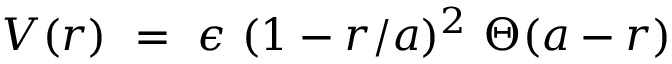
V ( r ) ~ = ~ \epsilon ~ ( 1 - r / a ) ^ { 2 } ~ \Theta ( a - r )